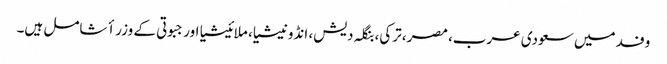
وفد میں سعودی عرب، مصر، ترکی، بنگلہ دیش، انڈونیشیا، ملائیشیا اور جبوتی کے وزراٴ شامل ہیں۔